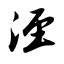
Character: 泾